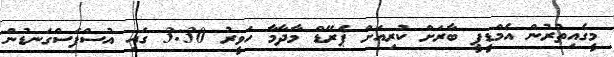
މީގެއިތުރުން އެމްޑީޕީ ބާރަށް ކުރިއަށް ޕެރޭޑް މާދާމާ ހަވީރު 3:30 ގައި އުސްފަސްގަނޑުން